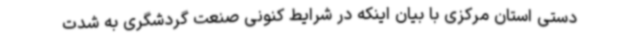
دستی استان مرکزی با بیان اینکه در شرایط کنونی صنعت گردشگری به شدت